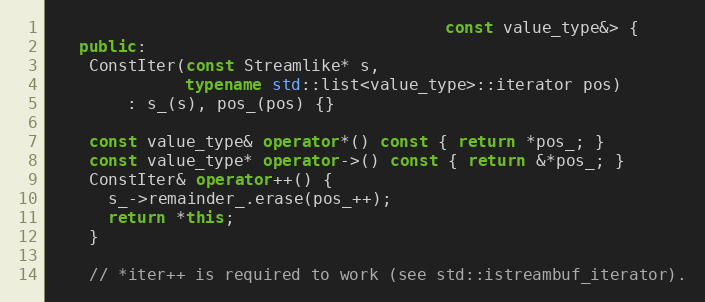
Language: C++
                                         const value_type&> {
   public:
    ConstIter(const Streamlike* s,
              typename std::list<value_type>::iterator pos)
        : s_(s), pos_(pos) {}

    const value_type& operator*() const { return *pos_; }
    const value_type* operator->() const { return &*pos_; }
    ConstIter& operator++() {
      s_->remainder_.erase(pos_++);
      return *this;
    }

    // *iter++ is required to work (see std::istreambuf_iterator).